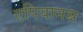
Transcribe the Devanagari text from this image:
एपियानस